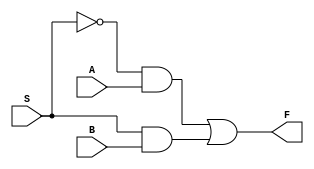

module mux2x1(A,B,S,F);
input A,B,S;
output F;
assign F=(~S&A)|(S&B);
endmodule

module mux4x1(A,B,C,D,S,F);
input A,B,C,D;
input [1:0]S;
output F;
wire w1,w2;
mux2x1 x1(A,B,S[0],w1);
mux2x1 x2(C,D,S[0],w2);
mux2x1 x3(w1,w2,S[1],F);
endmodule